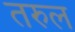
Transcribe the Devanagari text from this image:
तरुल